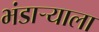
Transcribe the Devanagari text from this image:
भंडार्‍याला